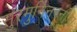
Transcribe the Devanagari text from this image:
सुरमुनिनरनागाः